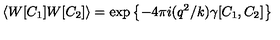
\left\langle W [ C _ { 1 } ] W [ C _ { 2 } ] \right\rangle = \exp \left\{ - 4 \pi i ( q ^ { 2 } / k ) \gamma [ C _ { 1 } , C _ { 2 } ] \right\}